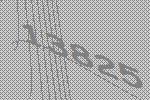
13825